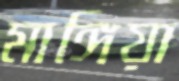
মাঙ্গিয়া